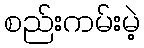
စည်းကမ်းမဲ့